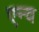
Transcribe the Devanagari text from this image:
एन्व